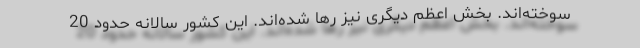
سوخته‌اند. بخش اعظم دیگری نیز رها شده‌اند. این کشور سالانه حدود 20